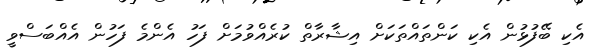
އެކި ބޭފުޅުން އެކި ކަންތައްތަކަށް އިޝާރާތް ކުރެއްވުމަށް ފަހު އެންމެ ފަހުން އެއްބަސްވީ